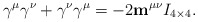
\begin{align*}\gamma^\mu\gamma^\nu+\gamma^\nu\gamma^\mu = -2\mathbf m^{\mu\nu}I_{4\times4}.\end{align*}